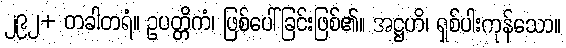
၂၉၂+ တခါတရံ။ ဥပတ္တိကံ၊ ဖြစ်ပေါ်ခြင်းဖြစ်၏။ အဋ္ဌဟိ၊ ရှစ်ပါးကုန်သော။